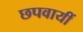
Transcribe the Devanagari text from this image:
छपवायीं